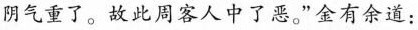
阴气重了。故此周客人中了恶。”金有余道：